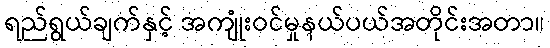
ရည်ရွယ်ချက်နှင့် အကျုံးဝင်မှုနယ်ပယ်အတိုင်းအတာ။